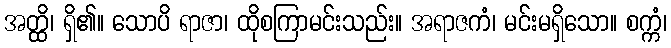
အတ္ထိ၊ ရှိ၏။ သောပိ ရာဇာ၊ ထိုစကြာမင်းသည်း။ အရာဇကံ၊ မင်းမရှိသော။ စက္ကံ၊